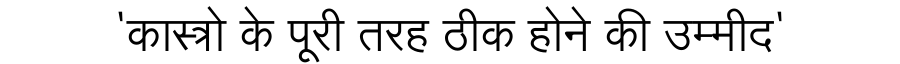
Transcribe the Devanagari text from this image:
'कास्त्रो के पूरी तरह ठीक होने की उम्मीद'